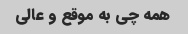
همه چی به موقع و عالی